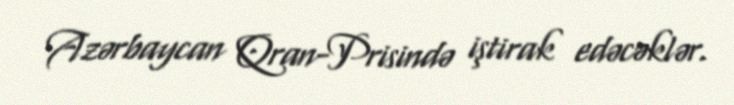
Azərbaycan Qran-Prisində iştirak edəcəklər.